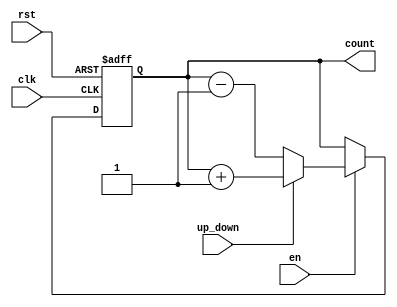
module up_down_counter (
    input wire clk,          // Clock signal
    input wire rst,          // Reset signal (active high)
    input wire en,           // Enable signal (active high)
    input wire up_down,      // Up/Down control signal (1 for up, 0 for down)
    output reg [7:0] count   // Count value (8-bit wide)
);

    // Initial value for the counter
    initial begin
        count = 8'b00000000; // Initialize count to 0
    end

    // Synchronous process
    always @(posedge clk or posedge rst) begin
        if (rst) begin
            count <= 8'b00000000; // Reset count to 0
        end else if (en) begin
            if (up_down) begin
                count <= count + 1; // Increment count
            end else begin
                count <= count - 1; // Decrement count
            end
        end
    end

endmodule